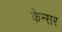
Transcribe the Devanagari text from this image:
केन्सर